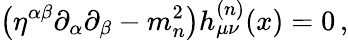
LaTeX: \left(\eta^{\alpha\beta}\partial_{\alpha}\partial_{\beta}-m_{n}^{2}\right)h_{\mu\nu}^{(n)}(x)=0\, ,